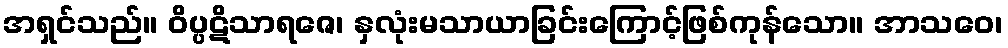
အရှင်သည်။ ဝိပ္ပဋိသာရဇေ၊ နှလုံးမသာယာခြင်းကြောင့်ဖြစ်ကုန်သော။ အာသဝေ၊